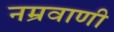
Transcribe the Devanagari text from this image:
नम्रवाणी